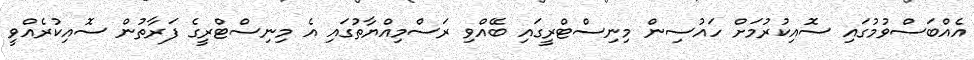
އެއްބަސްވުމުގައި ސޮއިކުރުމަށް ހައުސިން މިނިސްޓްރީގައި ބޭއްވި ރަސްމިއްޔާތުގައި އެ މިނިސްޓްރީގެ ފަރާތުން ސޮއިކުރެއްވީ